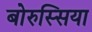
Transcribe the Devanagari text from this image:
बोरुस्सिया